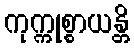
ကုက္ကုစ္စာယန္တိ